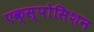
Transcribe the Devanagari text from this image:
एक्स्पोसिशन